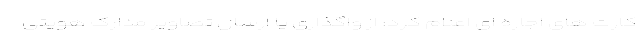
کارت های اجاره ای اعلام کرد: از واگذاری یا ارسال تصاویر مدارک هویتی